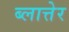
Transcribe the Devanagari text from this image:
ब्लात्तेर